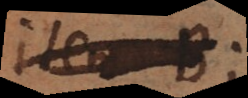
item B;